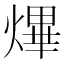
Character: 熚